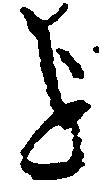
を